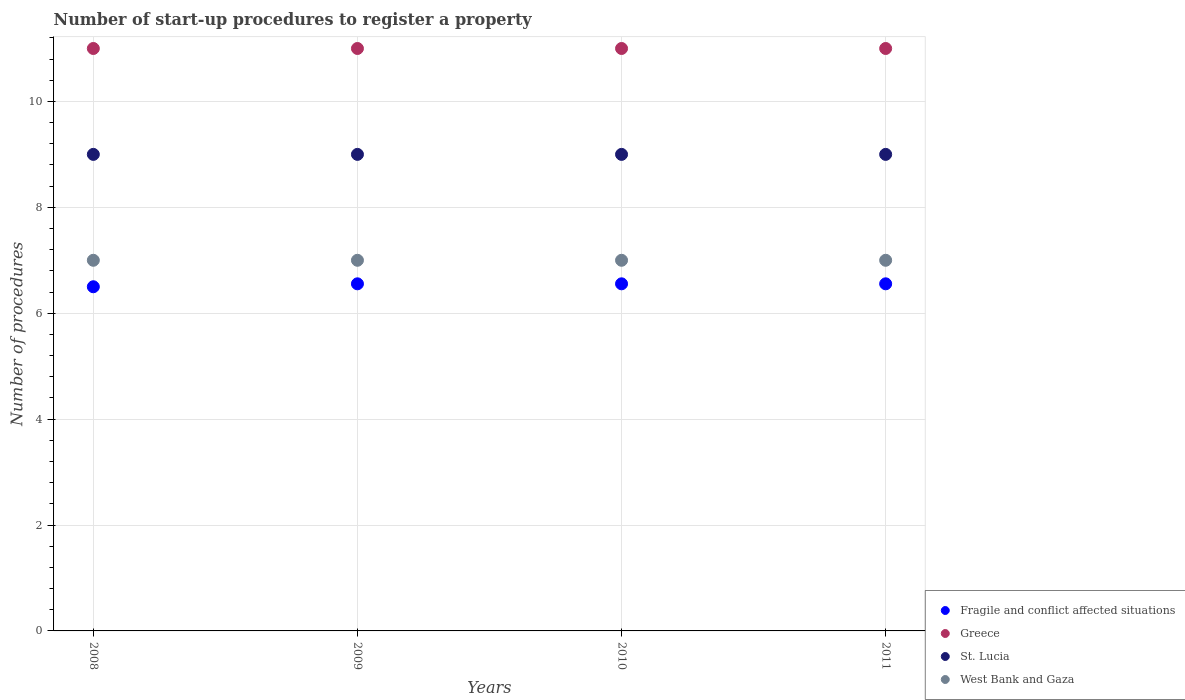
| Years | Fragile and conflict affected situations | Greece | St. Lucia | West Bank and Gaza |
 | --- | --- | --- | --- | --- |
 | 2008 | 6.5 | 11 | 9 | 7 |
 | 2009 | 6.56 | 11 | 9 | 7 |
 | 2010 | 6.56 | 11 | 9 | 7 |
 | 2011 | 6.56 | 11 | 9 | 7 |